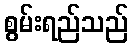
စွမ်းရည်သည်